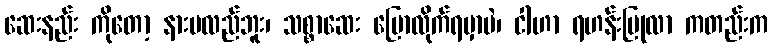
ဆေးနည်း ကိုတော့ နားမလည်ဘူး၊ သစ္စာဆေး ပြောလိုက်ရမှာပဲ၊ ငါဟာ ရဟန်းပြုလာ ကတည်းက